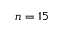
n = 1 5